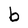
Character: b